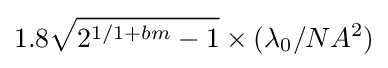
1.8{\sqrt {2^{1/1+bm}-1}}\times (\lambda _{0}/NA^{2})